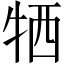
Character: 牺